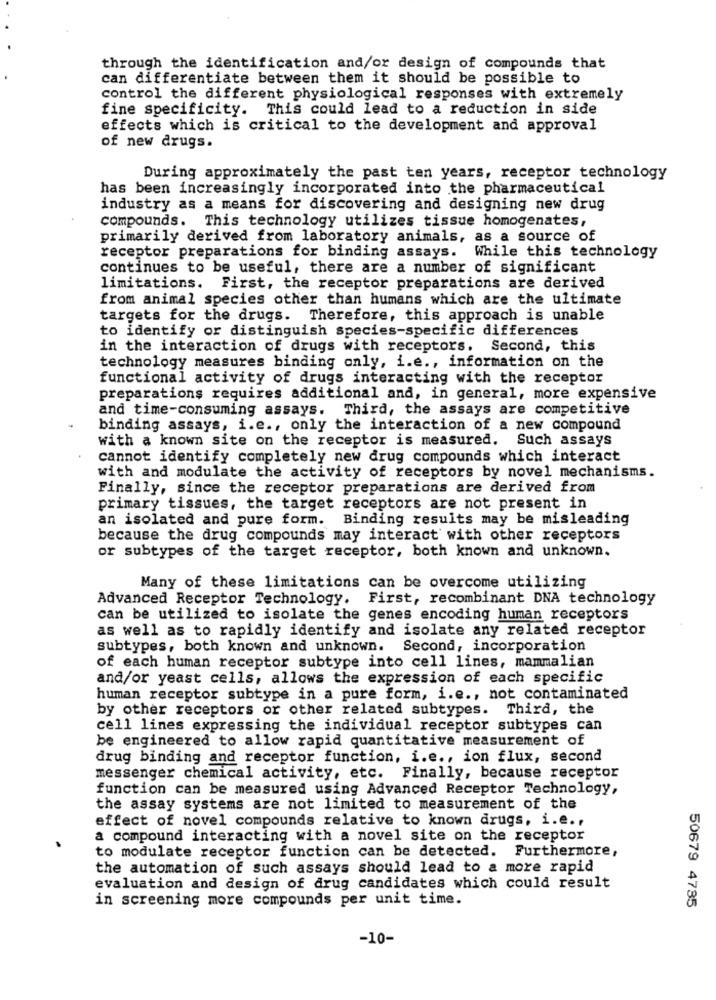
through the identification and/or design of compounds that
can differentiate between them it should be possible to
control the different physiological responses with extremely
fine specificity. This could lead to a reduction in side
effects which is critical to the development and approval
of new drugs.
During approximately the past ten years, receptor technology
has been increasingly incorporated into the pharmaceutical
industry as a means for discovering and designing new drug
compounds. This technology utilizes tissue homogenates,
primarily derived from laboratory animals, as a source of
receptor preparations for binding assays. While this technology
continues to be useful, there are a number of significant
limitations. First, the receptor preparations are derived
from animal species other than humans which are the ultimate
targets for the drugs. Therefore, this approach is unable
to identify or distinguish species-specific differences
in the interaction of drugs with receptors. Second, this
technology measures binding only, i.e ., information on the
functional activity of drugs interacting with the receptor
preparations requires additional and, in general, more expensive
and time-consuming assays. Third, the assays are competitive
binding assays, i.e ., only the interaction of a new compound
with a known site on the receptor is measured. Such assays
cannot identify completely new drug compounds which interact
with and modulate the activity of receptors by novel mechanisms.
Finally, since the receptor preparations are derived from
primary tissues, the target receptors are not present in
an isolated and pure form. Binding results may be misleading
because the drug compounds may interact with other receptors
or subtypes of the target receptor, both known and unknown.
Many of these limitations can be overcome utilizing
Advanced Receptor Technology. First, recombinant DNA technology
can be utilized to isolate the genes encoding human receptors
as well as to rapidly identify and isolate any related receptor
subtypes, both known and unknown. Second, incorporation
of each human receptor subtype into cell lines, mammalian
and/or yeast cells, allows the expression of each specific
human receptor subtype in a pure form, i.e ., not contaminated
by other receptors or other related subtypes. Third, the
cell lines expressing the individual receptor subtypes can
be engineered to allow rapid quantitative measurement of
drug binding and receptor function, i.e ., ion flux, second
messenger chemical activity, etc. Finally, because receptor
function can be measured using Advanced Receptor Technology,
the assay systems are not limited to measurement of the
effect of novel compounds relative to known drugs, i.e .,
a compound interacting with a novel site on the receptor
to modulate receptor function can be detected. Furthermore,
the automation of such assays should lead to a more rapid
evaluation and design of drug candidates which could result
in screening more compounds per unit time.
50679 4735
-10-